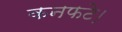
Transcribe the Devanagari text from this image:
कनफटे।